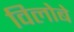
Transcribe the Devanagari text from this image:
विलोबे